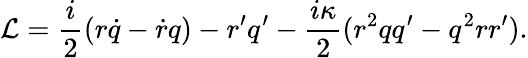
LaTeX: {\cal L}=\frac{i}{2}(r\dot{q}-\dot{r}q)-r^{\prime}q^{\prime}-\frac{i\kappa}{2}(r^{2}qq^{\prime}-q^{2}rr^{\prime}).